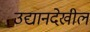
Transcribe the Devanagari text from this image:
उद्यानदेखील